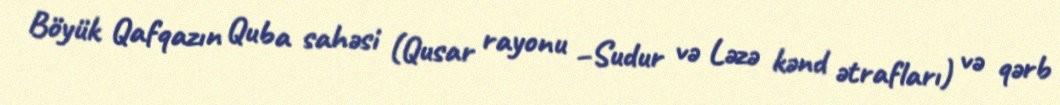
Böyük Qafqazın Quba sahəsi (Qusar rayonu –Sudur və Ləzə kənd ətrafları) və qərb